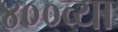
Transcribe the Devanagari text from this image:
४००व्या